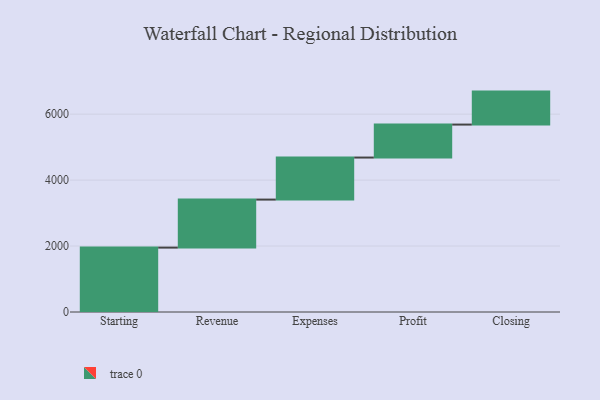
{"axis": {"x": "Step", "y": "Value"}, "legend": [""], "data": [{"x": "Starting", "y": 1953.0, "type": ""}, {"x": "Revenue", "y": 1456.0, "type": ""}, {"x": "Expenses", "y": 1275.0, "type": ""}, {"x": "Profit", "y": 1000, "type": ""}, {"x": "Closing", "y": 1000, "type": ""}]}